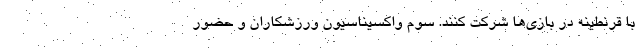
با قرنطینه در بازی‌ها شرکت کنند. سوم واکسیناسیون ورزشکاران و حضور